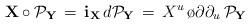
LaTeX: \begin{align*}{\bf X} \circ {\cal P}_{\bf Y}\, = \, {\bf i}_{\bf X} \, d{\cal P}_{\bf Y}\, = \,X^u \, {\o{\partial}{\partial_u}} \, {\cal P}_{\bf Y}\,\end{align*}